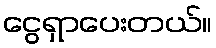
ငွေရှာပေးတယ်။